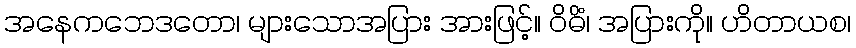
အနေကဘေဒတော၊ များသောအပြား အားဖြင့်။ ဝိဓိံ၊ အပြားကို။ ဟိတာယစ၊